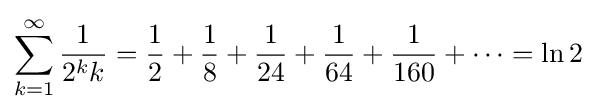
\sum _{k=1}^{\infty }{\frac {1}{2^{k}k}}={\frac {1}{2}}+{\frac {1}{8}}+{\frac {1}{24}}+{\frac {1}{64}}+{\frac {1}{160}}+\cdots =\ln 2